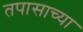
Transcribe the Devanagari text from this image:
तपासाच्या